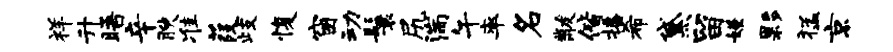
祥升晤辛腴准葭歧愎窗动鬟尻湍午率名黻偕播希黛留嫌夥猛京